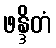
ဖန္ဒိတံ